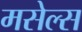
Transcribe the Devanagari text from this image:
मसेल्स